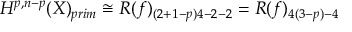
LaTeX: H ^ { p , n - p } ( X ) _ { p r i m } \cong R ( f ) _ { ( 2 + 1 - p ) 4 - 2 - 2 } = R ( f ) _ { 4 ( 3 - p ) - 4 }